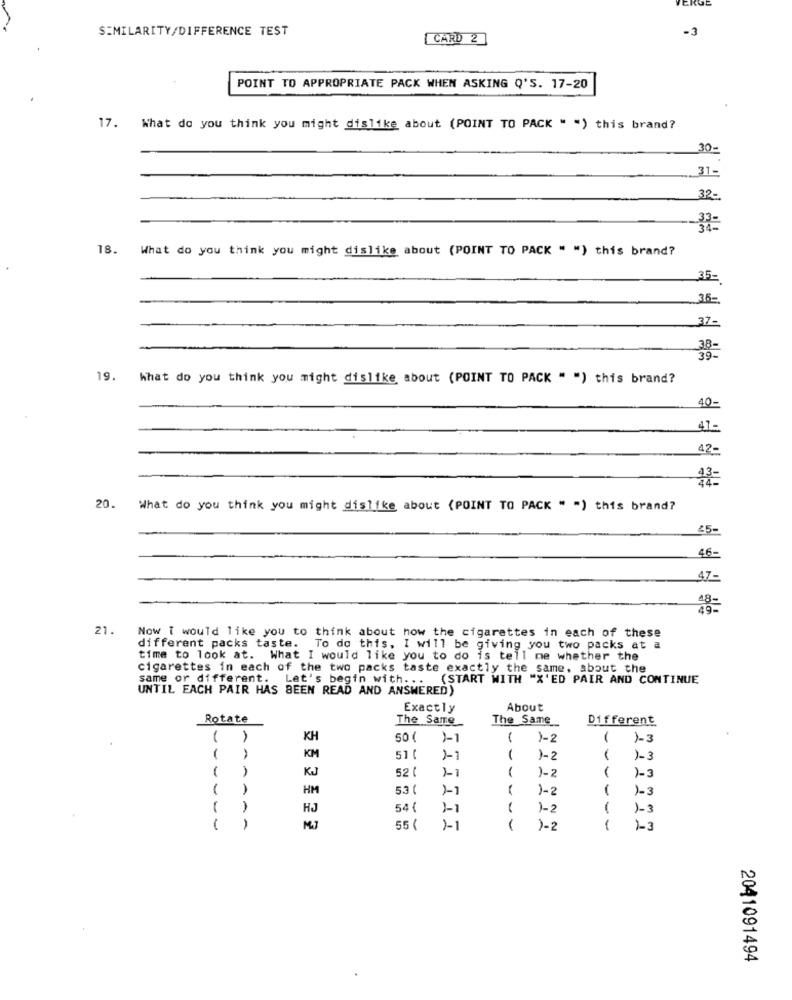
SIMILARITY/DIFFERENCE TEST
-3
CARD 2
POINT TO APPROPRIATE PACK WHEN ASKING Q'S. 17-20
17.
What do you think you might dislike about (POINT TO PACK " ") this brand?
30
31-
32-
33=
18.
What do you think you might dislike about (POINT TO PACK " ") this brand?
.35-
37-
38-
39.
19.
What do you think you might dislike about (POINT TO PACK " ") this brand?
40
47-
20.
What do you think you might dislike about (POINT TO PACK " ") this brand?
45-
46-
47-
21.
Now T would like you to think about how the cigarettes in each of these
different packs taste. To do this, I will be giving you two packs at a
time to look at. What I would like you to do is tell me whether the
cigarettes in each of the two packs taste exactly the same, about the
same or different. Let's begin with ...
(START WITH "X'ED PAIR AND CONTINUE
UNTIL EACH PAIR HAS BEEN READ AND ANSWERED)
Exactly
About
Rotate
The Same
The Same_
Different
( )
KH
50 (
1-2
1-3
-
KM
51 (
1
)-2
1-3
KJ
52 (
)-2
1-3
HM
53
)-1
- -
1-2
1-3
HJ
54 (
1-2
1-3
-----
AAAA
55
1-2
----
2041091494